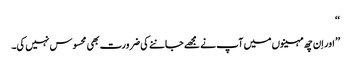
‘‘
’’ اور اِن چھ مہینوں میں آپ نے مجھے جاننے کی ضرورت بھی محسوس نہیں کی۔